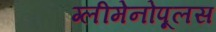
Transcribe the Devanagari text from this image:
ग्लीमेनोपूलस